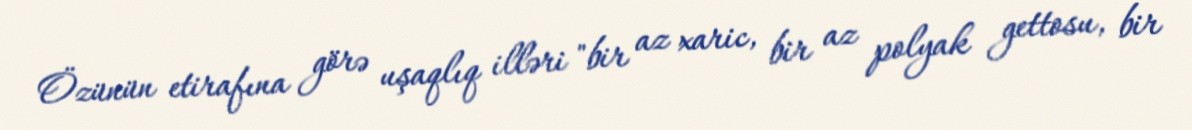
Özünün etirafına görə uşaqlıq illəri "bir az xaric, bir az polyak gettosu, bir